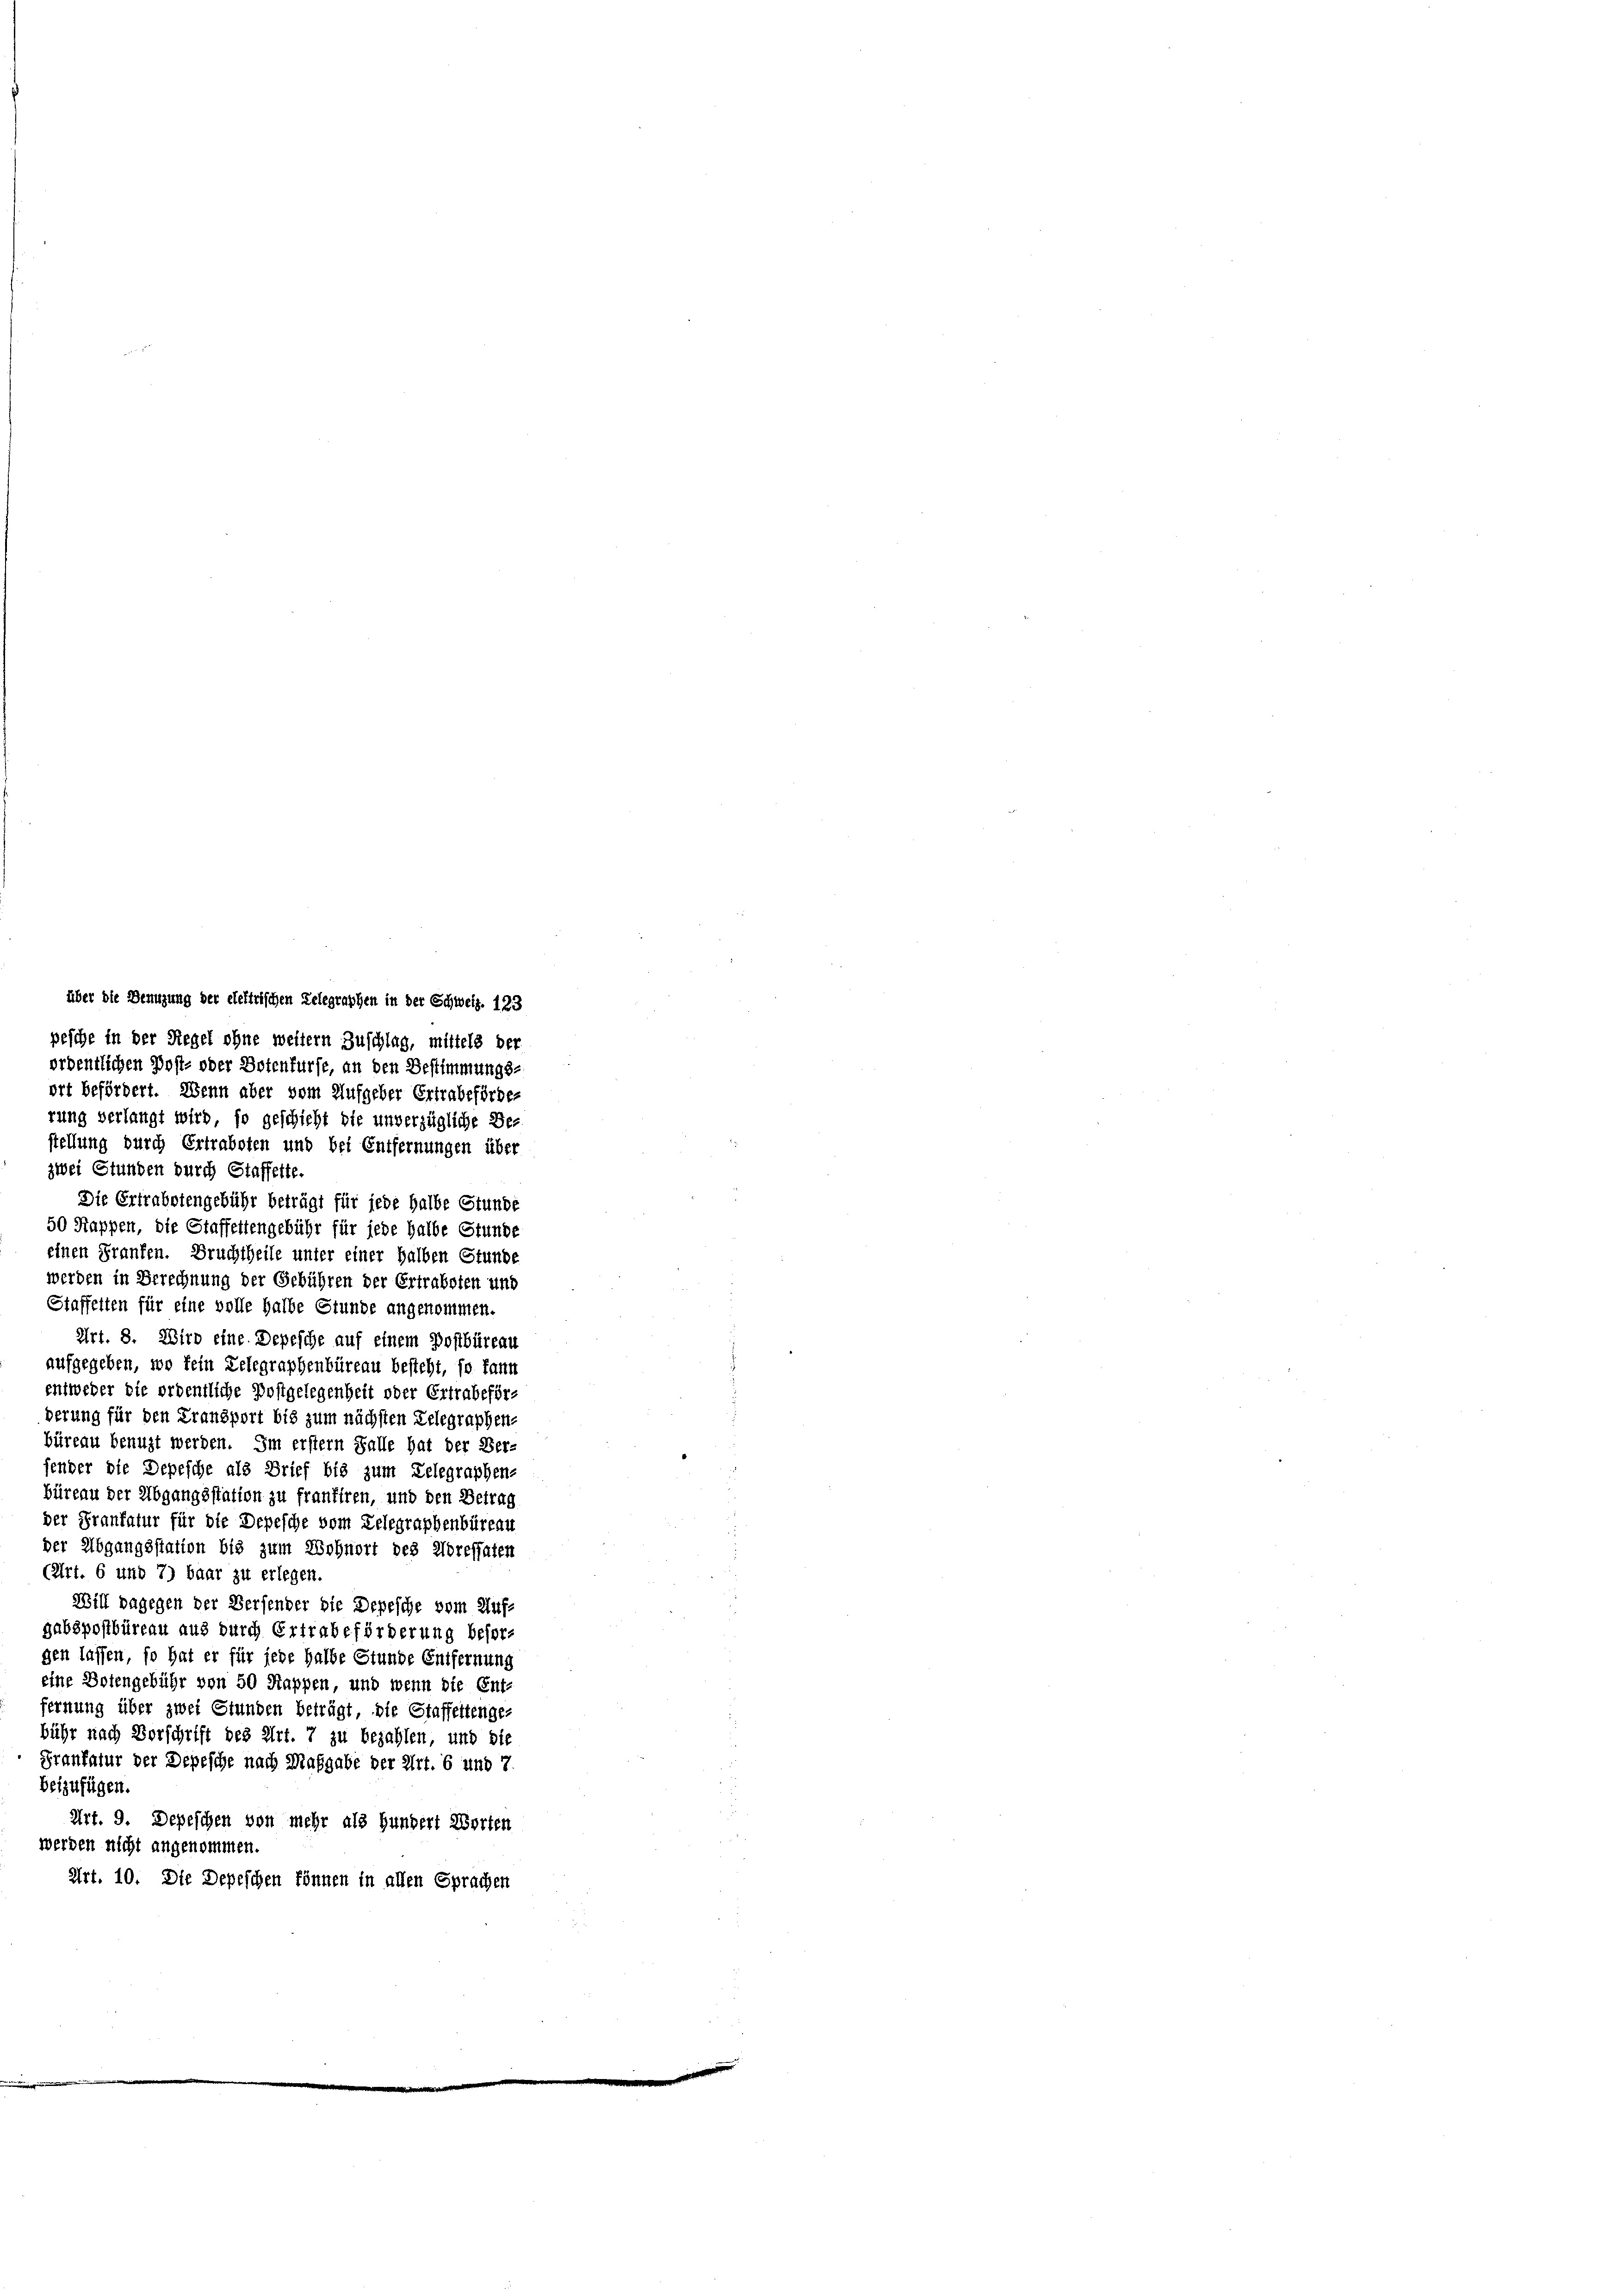
über die Benuzung der elektrischen Telegraphen in der Schweiz. 123
pesche in der Regel ohne weitern Zuschlag, mittels der
ordentlichen Post- oder Botenfürse, an den Bestimmungs-
ort befördert. Wenn aber vom Aufgeber Ertrabeförderung verlangt wird, so geschicht die unverzügliche Be-
stellung durch Ertrabsten und bei Entfernungen über
zwei Stunden durch Staffette.
Die Ertrabotengebühr beträgt für jede halbe Stunde
50 Kappen, die Staffettengebühr für jede halbe Stunde
einen Franken. Bruchtheile unter einer halben Stunde
werden in Berechnung der Gebühren der Ertrabsten und
Staffelten für eine volle halbe Stunde angenommen.
Art. 8. Wird eine Depesche auf einem Postbüreau
 aufgegeben, wo fein Lelegraphenbüreau besteht, so kann
entweder die ordentliche Postgelegenheit oder Ertrabeförderung für den Fransport bis zum nächsten Telegraphen-
büreau benuzt werden. Im erstem Falle hat der Ber-
fender die Depesche als Brief bis zum Lelegraphen-
büreau der Abgangsstation zu frantiren, und den Betrag
der Frankatur für die Depesche vom Telegraphenbüreau
der Abgangsstation bis zum Wohnort des Woressaten
(Art. 6 und 7) baar zu erlegen.
Will dagegen der Versender die Depesche vom Aufgubspostbüreau aus durch Ertrabeförderung besorgen lassen, so hat er für jede halbe Stunde Entfernung
eine Botengebühr von 50 Kappen, und wenn die Ent-
fernung über zwei Stunden beträgt, die Staffettenge-
bühr nach Vorschrift des Art. 7 zu bezahlen, und die
Frankatur der Depesche nach Maßgabe der Art. 6 und 7.
beizufügen.
Art. 9. Depeschen von mehr als Hundert Worten
werden nicht angenommen.
Art. 10. Die Depeschen können in allen Sprachen